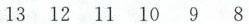
13 12 11 10 9 8